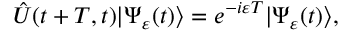
\hat { U } ( t + T , t ) | \Psi _ { \varepsilon } ( t ) \rangle = e ^ { - i \varepsilon T } | \Psi _ { \varepsilon } ( t ) \rangle ,